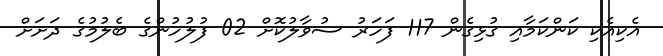
އެކިއެކި ކަންކަމާއި ގުޅިގެން 117 ފަހަރު ސުވާލުކޮށް 02 ފުލުހުންގެ ބެލުމުގެ ދަށަށް